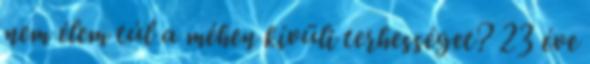
nem élem túl a méhen kívüli terhességet? 23 éve